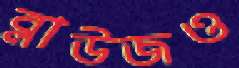
ব্লাউজও